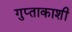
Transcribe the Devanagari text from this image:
गुप्‍ताकाशी